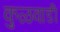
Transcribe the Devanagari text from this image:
कुळवाडी